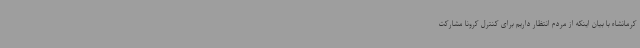
کرمانشاه با بیان اینکه از مردم انتظار داریم برای کنترل کرونا مشارکت